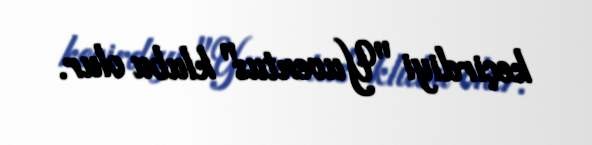
keçirdiyi "Yuventus" klubu olur.